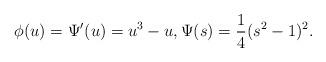
LaTeX: \begin{align*}\phi(u)=\Psi'(u)=u^3-u,\Psi(s)=\frac{1}{4}(s^2-1)^2.\end{align*}